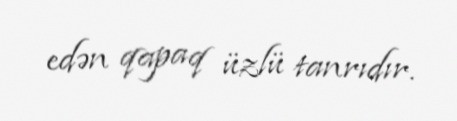
edən qapaq üzlü tanrıdır.